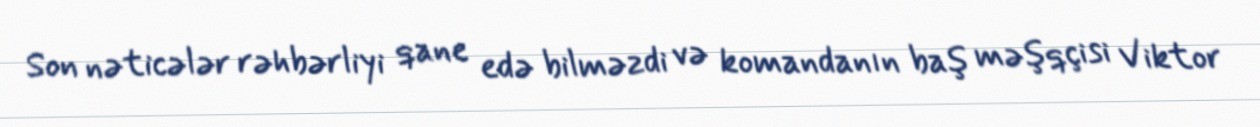
Son nəticələr rəhbərliyi qane edə bilməzdi və komandanın baş məşqçisi Viktor